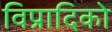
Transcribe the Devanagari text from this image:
विप्रादिको